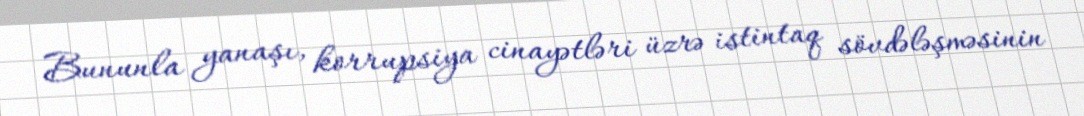
Bununla yanaşı, korrupsiya cinayətləri üzrə istintaq sövdələşməsinin